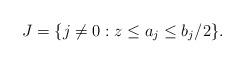
LaTeX: \begin{align*}J = \{j\ne0: z\le a_j \le b_j /2 \}.\end{align*}